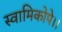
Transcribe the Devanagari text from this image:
स्वामिकोपे।।